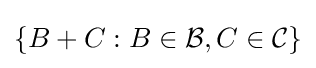
\left\{B+C:B\in {\mathcal {B}},C\in {\mathcal {C}}\right\}